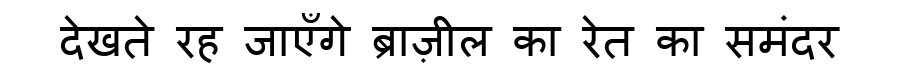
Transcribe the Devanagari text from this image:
देखते रह जाएँगे ब्राज़ील का रेत का समंदर